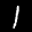
Label: 1